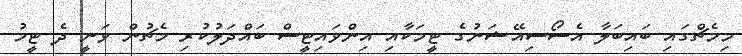
މިމެޗްގައި ބައިބަލާ އެސޯސިއޭޝަނުގެ ޓީމަކާއި އިންވައިޓީސް ބައްދަލުކުރި މެޗުން ވަނީ ދެ ޓީމު